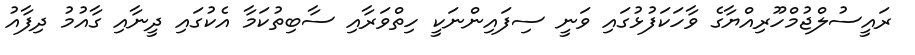
ރައީސުލްޖުމްހޫރިއްޔާގެ ވާހަކަފުޅުގައި ވަނީ ސިފައިންނަކީ ހިތްވަރާއި ސާބިތުކަމާ އެކުގައި ދީނާއި ގާއުމު ދިފާއު